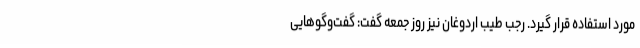
مورد استفاده قرار گیرد. رجب طیب اردوغان نیز روز جمعه گفت: گفت‌وگوهایی